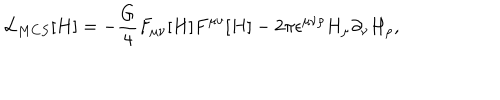
{ \cal L } _ { M C S } [ H ] = - \frac { G } { 4 } F _ { \mu \nu } [ H ] F ^ { \mu \nu } [ H ] - 2 \pi \epsilon ^ { \mu \nu \rho } H _ { \mu } \partial _ { \nu } H _ { \rho } ,